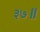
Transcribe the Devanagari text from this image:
३७॥